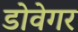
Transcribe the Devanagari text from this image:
डोवेगर